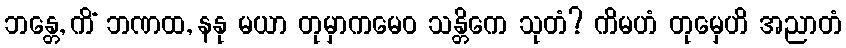
ဘန္တေ, ကိံ ဘဏထ, နနု မယာ တုမှာကမေဝ သန္တိကေ သုတံ? ကိမဟံ တုမှေဟိ အညာတံ